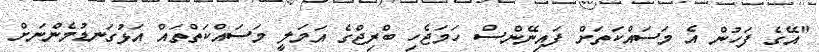
"އޭގެ ފަހުން އެ މަސައްކަތަށް ފައިނޭންސް ހަމަޖެހި ބްރިޖްގެ އަމަލީ މަސައްކަތްތައް އަޅުގަނޑުމެންނަށް